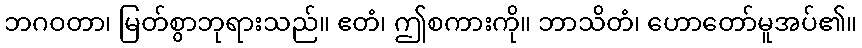
ဘဂဝတာ၊ မြတ်စွာဘုရားသည်။ ဧတံ၊ ဤစကားကို။ ဘာသိတံ၊ ဟောတော်မူအပ်၏။